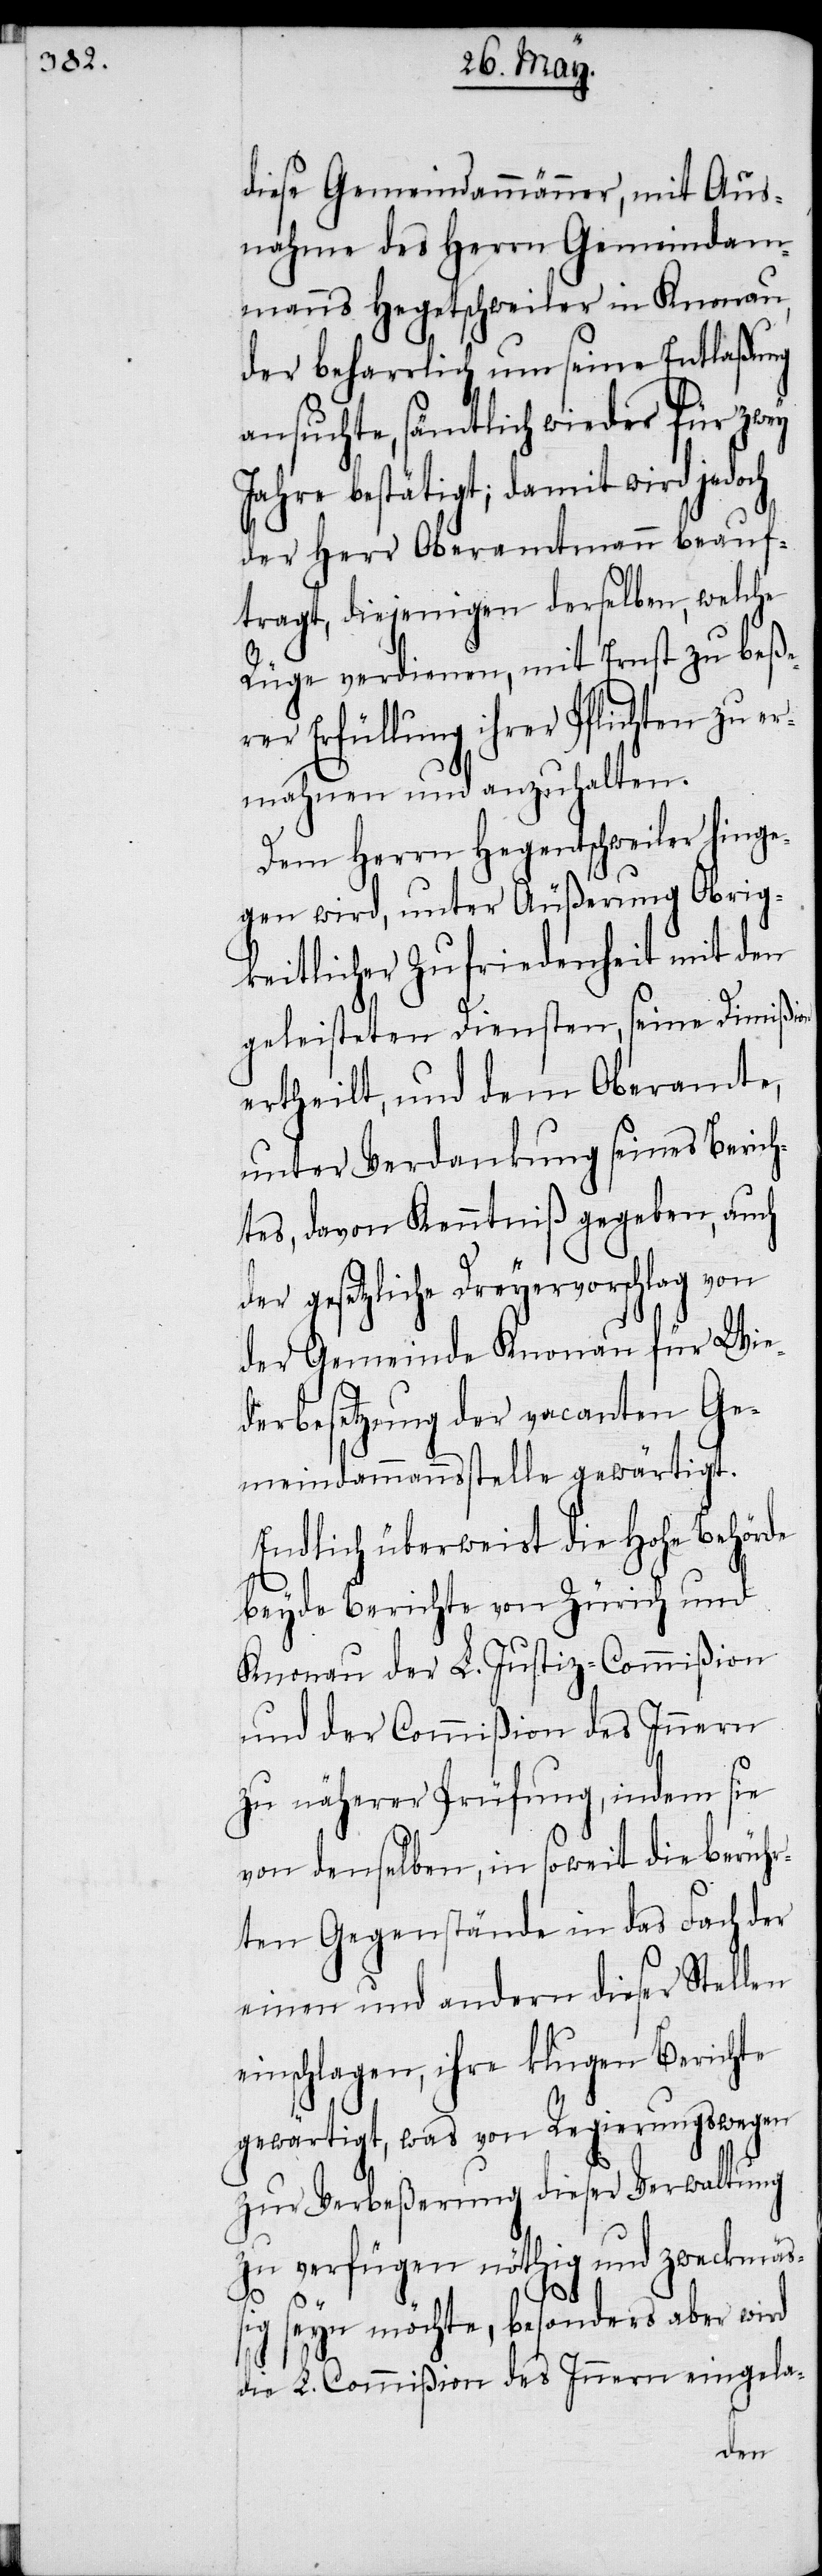
diese Gemeindammänner, mit Aus¬
nahme des Herrn Gemeindam¬
manns Hegetschweiler in Knonau,
der beharrlich um seine Entlaßung
ansuchte, sämtlich wieder für zwey
Jahre bestätigt; damit wird jedoch
der Herr Oberamtmann beauf¬
tragt, diejenigen derselben, welche
Rüge verdienen, mit Ernst zu beße¬
rer Erfüllung ihrer Pflichten zu e¬
rmahnen und anzuhalten.
Dem Herrn Hegentschweiler [sic!]
gegen wird, unter Äußerung Obrig¬
keitlicher Zufriedenheit mit den
geleisteten Diensten, seine Dimißion
ertheilt, und dem Oberamte,
unter Verdankung seines Berich¬
tes, davon Kenntniß gegeben, auch
der gesetzliche Dreyervorschlag von
der Gemeinde Knonau für Wie¬
derbesetzung der vacanten Ge¬
meindammannsstelle gewärtigt.
Endlich überweist die Hohe Behörde
beyde Berichte von Zürich und
Knonau der L. Justiz-Commißion
und der Commißion des Innern
zu näherer Prüfung, indem sie
von denselben, in soweit die berühr¬
ten Gegenstände in das Fach der
einen und andern dieser Stellen
einschlagen, ihre klugen Berichte
gewärtigt, was von Regierungswegen
zur Verbeßerung dieser Verwaltung
zu verfügen nöthig und zweckmäß¬
ig seyn möchte, besonders aber wird
die L. Commißion des Innern eingela-
hin¬